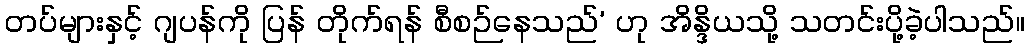
တပ်များနှင့် ဂျပန်ကို ပြန် တိုက်ရန် စီစဉ်နေသည်’ ဟု အိန္ဒိယသို့ သတင်းပို့ခဲ့ပါသည်။